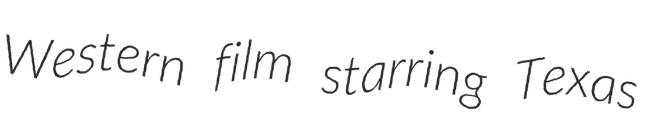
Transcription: Western film starring Texas